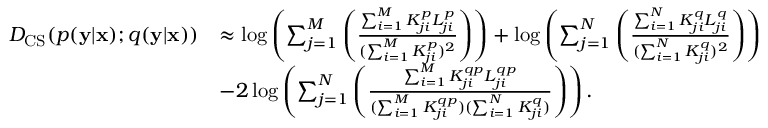
\begin{array} { r l } { D _ { \mathrm { C S } } ( p ( \mathbf { y } | \mathbf { x } ) ; q ( \mathbf { y } | \mathbf { x } ) ) } & { \approx \log \left( \sum _ { j = 1 } ^ { M } \left( \frac { \sum _ { i = 1 } ^ { M } K _ { j i } ^ { p } L _ { j i } ^ { p } } { ( \sum _ { i = 1 } ^ { M } K _ { j i } ^ { p } ) ^ { 2 } } \right) \right) + \log \left( \sum _ { j = 1 } ^ { N } \left( \frac { \sum _ { i = 1 } ^ { N } K _ { j i } ^ { q } L _ { j i } ^ { q } } { ( \sum _ { i = 1 } ^ { N } K _ { j i } ^ { q } ) ^ { 2 } } \right) \right) } \\ & { - 2 \log \left( \sum _ { j = 1 } ^ { N } \left( \frac { \sum _ { i = 1 } ^ { M } K _ { j i } ^ { q p } L _ { j i } ^ { q p } } { ( \sum _ { i = 1 } ^ { M } K _ { j i } ^ { q p } ) ( \sum _ { i = 1 } ^ { N } K _ { j i } ^ { q } ) } \right) \right) . } \end{array}